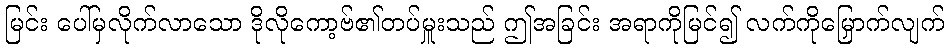
မြင်း ပေါ်မှလိုက်လာသော ဒိုလိုကော့ဗ်၏တပ်မှူးသည် ဤအခြင်း အရာကိုမြင်၍ လက်ကိုမြှောက်လျက်